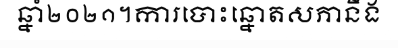
ឆ្នាំ២០២១។ការបោះឆ្នោតសភានឹង